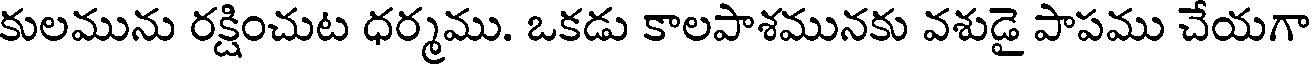
కులమును రక్షించుట ధర్మము. ఒకడు కాలపాశమునకు వశుడై పాపము చేయగా